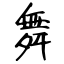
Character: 舞